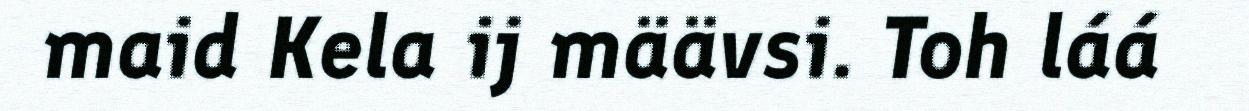
maid Kela ij määvsi. Toh láá